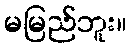
မမြည်ဘူး။